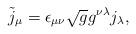
LaTeX: \begin{align*}\tilde{j}_{\mu} = \epsilon_{\mu \nu} \sqrt{g} g^{\nu \lambda} j_{\lambda},\end{align*}